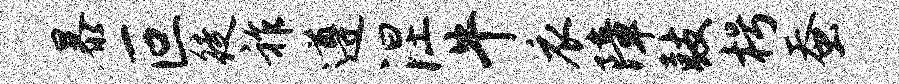
暴叵徒祚遵涅牛衣障鼓枵蚕